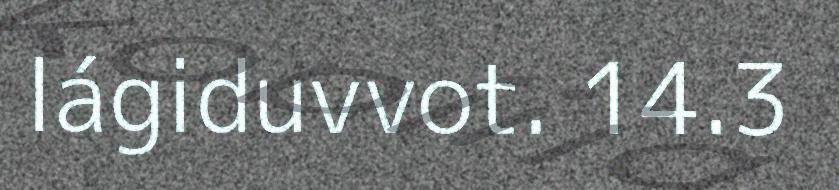
lágiduvvot. 14.3